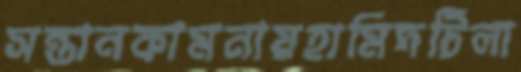
সন্তানকামনায়হামিদটিলা